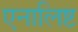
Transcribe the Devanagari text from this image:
एनालिष्ट